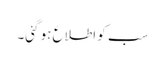
سب کو اطلاع ہو گئی۔